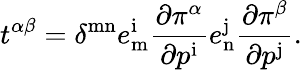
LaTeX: t^{\alpha\beta}=\delta^{\mathrm{mn}}e_{\mathrm{m}}^{\mathrm{i}}{\frac{\partial\pi^{\alpha}}{\partial p^{\mathrm{i}}}}e_{\mathrm{n}}^{\mathrm{j}}{\frac{\partial\pi^{\beta}}{\partial p^{\mathrm{j}}}}.